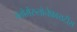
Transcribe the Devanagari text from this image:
ग्लोमेरुलोनेफ्रायटीस